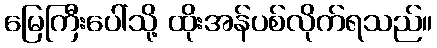
မြေကြီးပေါ်သို့ ထိုးအန်ပစ်လိုက်ရသည်။